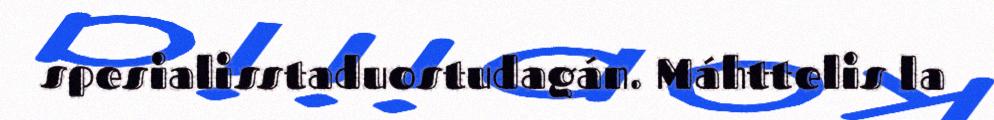
spesialisstaduostudagán. Máhttelis la